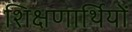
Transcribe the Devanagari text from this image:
शिक्षणार्थियों